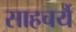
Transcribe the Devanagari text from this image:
साहचर्यै